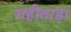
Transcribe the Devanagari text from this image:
राहीवाड़ा